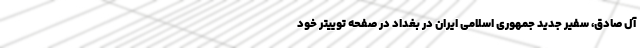
آل صادق، سفیر جدید جمهوری اسلامی ایران در بغداد در صفحه توییتر خود